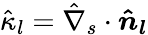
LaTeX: \hat{\kappa}_{l}=\hat{\nabla}_{s}\cdot\boldsymbol{\hat{n}_{l}}